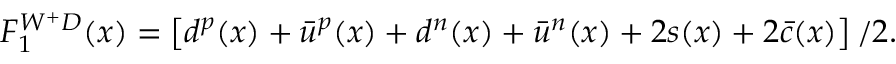
F _ { 1 } ^ { W ^ { + } D } ( x ) = \left[ d ^ { p } ( x ) + \bar { u } ^ { p } ( x ) + d ^ { n } ( x ) + \bar { u } ^ { n } ( x ) + 2 s ( x ) + 2 \bar { c } ( x ) \right] / 2 .